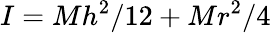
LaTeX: I=Mh^{2}/12+Mr^{2}/4